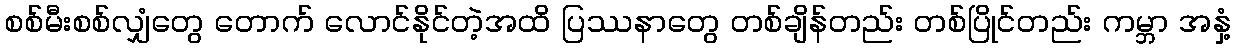
စစ်မီးစစ်လျှံတွေ တောက် လောင်နိုင်တဲ့အထိ ပြဿနာတွေ တစ်ချိန်တည်း တစ်ပြိုင်တည်း ကမ္ဘာ အနှံ့